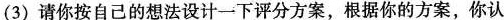
(3)请你按自己的想法设计一下评分方案，根据你的方案，你认